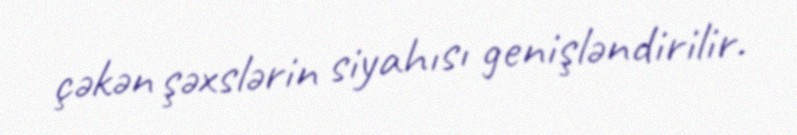
çəkən şəxslərin siyahısı genişləndirilir.